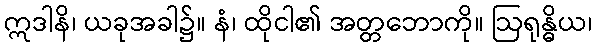
ဣဒါနိ၊ ယခုအခါ၌။ နံ၊ ထိုငါ၏ အတ္တဘောကို။ ဩရုန္ဓိယ၊